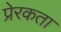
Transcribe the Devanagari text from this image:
प्रेरकता